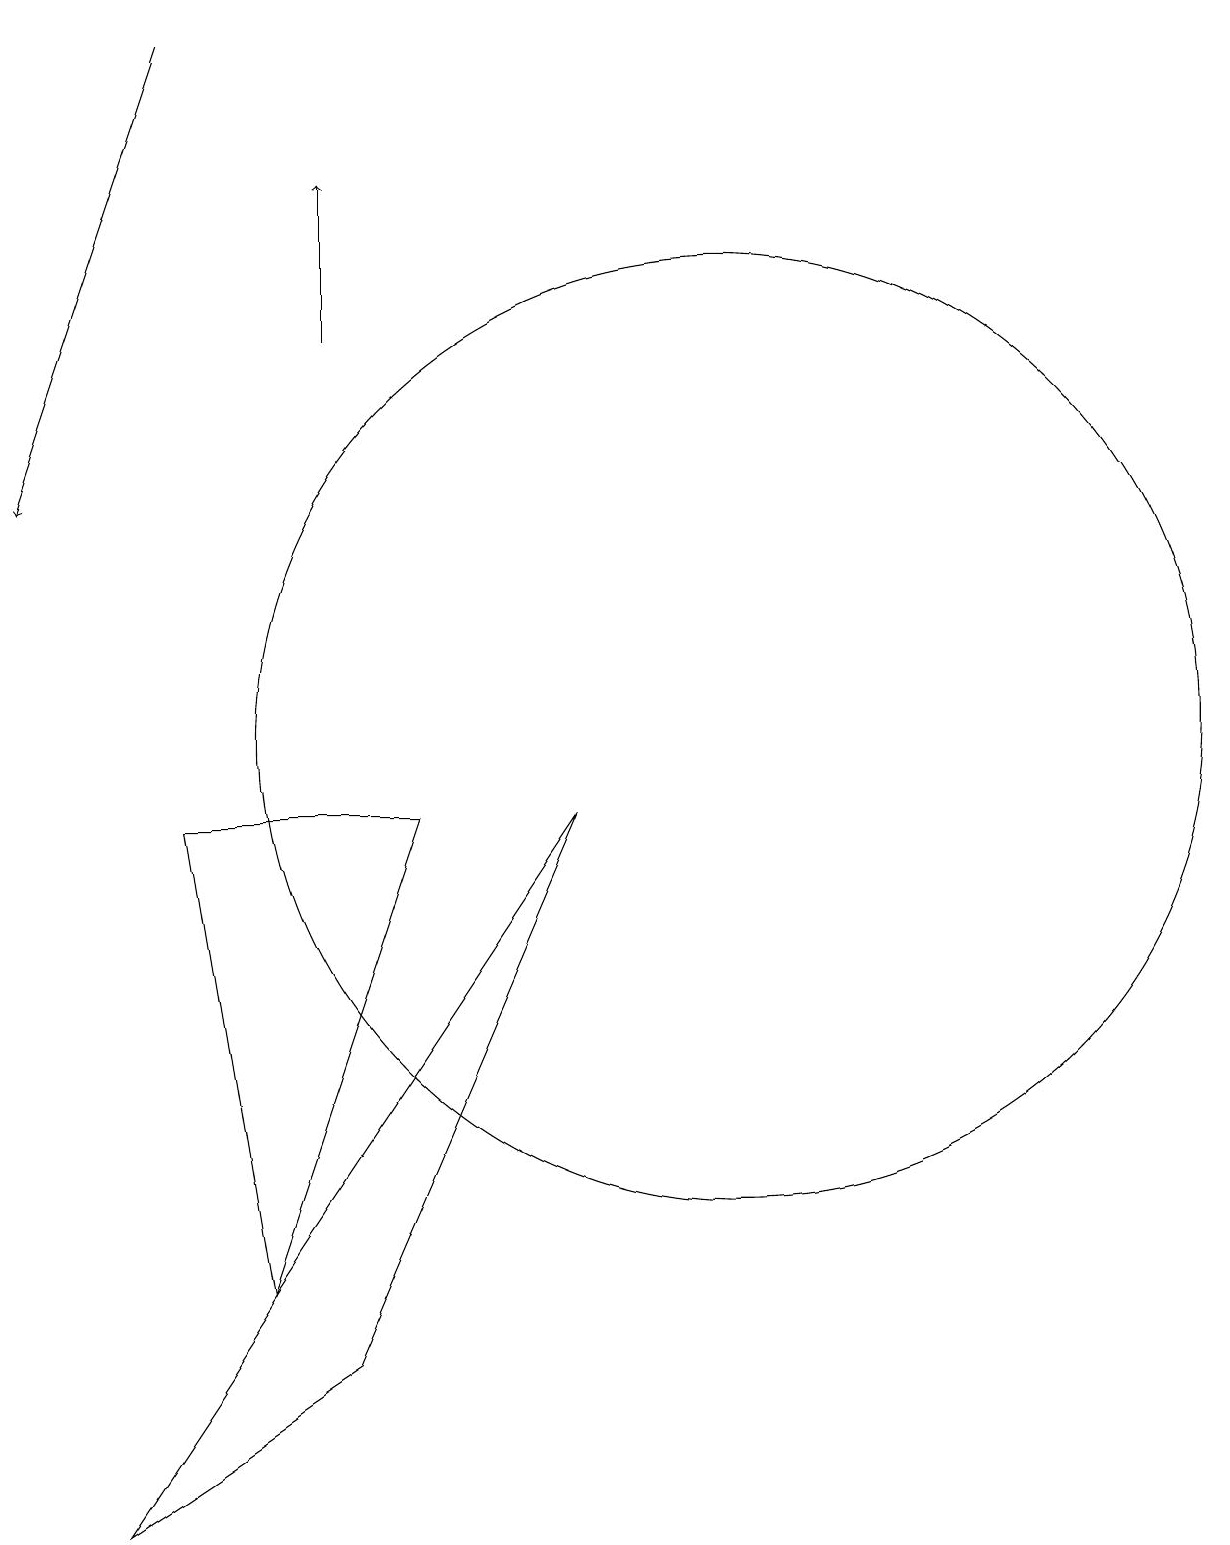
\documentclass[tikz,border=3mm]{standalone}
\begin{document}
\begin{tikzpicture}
\draw[->] (6,15) -- (6,17);
\draw (11,10) circle (6);
\draw (7,9) -- (4,9) -- (5,3) -- cycle;
\draw (9,9) -- (3,0) -- (6,2) -- cycle;
\draw[->] (4,19) -- (2,13);
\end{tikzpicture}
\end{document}